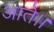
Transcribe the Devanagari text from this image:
आते।।